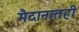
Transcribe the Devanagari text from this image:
मैदानातही